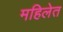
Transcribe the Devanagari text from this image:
महिलेत